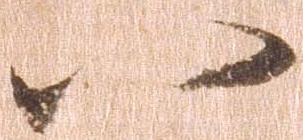
八